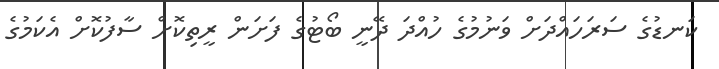
ކަނޑުގެ ސަރަހައްދަށް ވަނުމުގެ ހުއްދަ ދޭނީ ބޯޓުގެ ފަށަން ރީތިކޮށް ސާފުކޮށް އެކަމުގެ